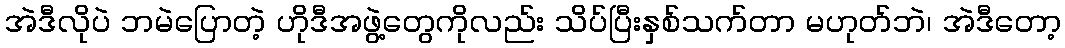
အဲဒီလိုပဲ ဘမဲပြောတဲ့ ဟိုဒီအဖွဲ့တွေကိုလည်း သိပ်ပြီးနှစ်သက်တာ မဟုတ်ဘဲ၊ အဲဒီတော့